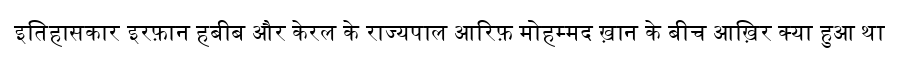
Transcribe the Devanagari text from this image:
इतिहासकार इरफ़ान हबीब और केरल के राज्यपाल आरिफ़ मोहम्मद ख़ान के बीच आख़िर क्या हुआ था